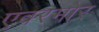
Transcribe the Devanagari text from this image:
एवरमोर